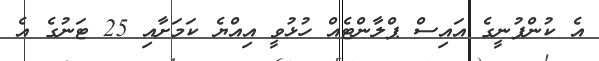
އެ ކުންފުނީގެ އައިސް ޕްލާންޓެއް ހުޅުވީ އިއްޔެ ކަމަށާއި 25 ޓަނުގެ އެ